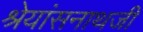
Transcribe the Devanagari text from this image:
श्रेयांसनाथजी